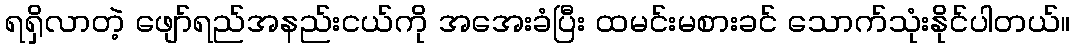
ရရှိလာတဲ့ ဖျော်ရည်အနည်းငယ်ကို အအေးခံပြီး ထမင်းမစားခင် သောက်သုံးနိုင်ပါတယ်။